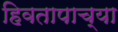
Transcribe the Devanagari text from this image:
हिवतापाच्या